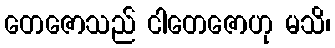
တေဇောသည် ငါတေဇောဟု မသိ၊